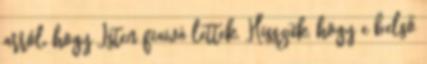
arról, hogy Isten fiaivá lettek. Hisszük, hogy e belső